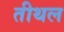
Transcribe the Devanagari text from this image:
तीथल